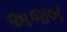
અજબ